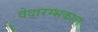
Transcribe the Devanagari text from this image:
वेदारम्भकाल